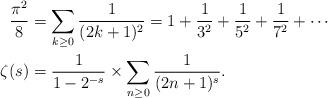
LaTeX: \begin{align*} \frac{\pi^2}{8} & = \sum_{k \geq 0} \frac{1}{(2k+1)^2} = 1 + \frac{1}{3^2} + \frac{1}{5^2} + \frac{1}{7^2} + \cdots \\ \zeta(s) & = \frac{1}{1-2^{-s}} \times \sum_{n \geq 0} \frac{1}{(2n+1)^s}. \end{align*}